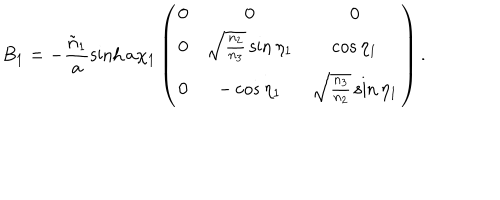
LaTeX: B _ { 1 } = - \frac { \tilde { n } _ { 1 } } { a } \sinh { a \chi _ { 1 } } \left( \begin{array} { c c c } { { 0 } } & { { 0 } } & { { 0 } } \\ { { 0 } } & { { \sqrt { \frac { n _ { 2 } } { n _ { 3 } } } \sin { \eta _ { 1 } } } } & { { \cos { \eta _ { 1 } } } } \\ { { 0 } } & { { - \cos { \eta _ { 1 } } } } & { { \sqrt { \frac { n _ { 3 } } { n _ { 2 } } } \sin { \eta _ { 1 } } } } \\ \end{array} \right) .